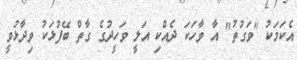
އެކަމަކު "ވަގުތު" އާ ވާހަކަ ދެއްކި އަލީ ވަހީދުގެ ގާތް ބޭފުޅަކު ވިދާޅުވީ